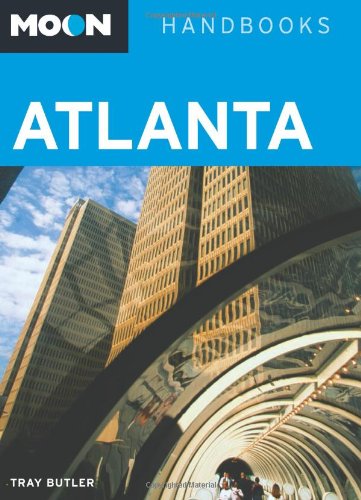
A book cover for Moon Atlanta (Moon Handbooks); Tray Butler; Travel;